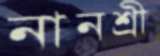
নানশ্রী